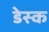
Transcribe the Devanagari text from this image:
डेस्‍क